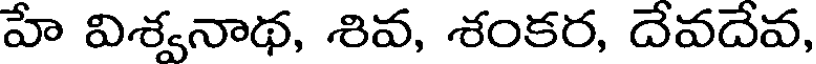
హే విశ్వనాథ, శివ, శంకర, దేవదేవ,